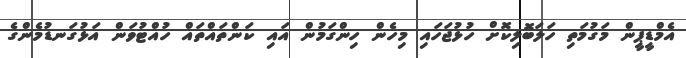
އެމްޑީޕީން މަގުމަތި ހަލަބޮލިކޮށް ހުޅުޖަހައި މިހެން ހިންގަމުން އައި ކަންތައްތައް ހުއްޓުވަން އަޅުގަނޑުމެންގެ